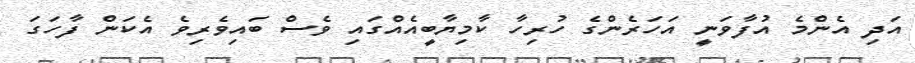
އަދި އެންމެ އުފާވަނީ އަހަރެންގެ ހުރިހާ ކާމިޔާބީއެއްގައި ވެސް ބައިވެރިވެ އެކަން ފާހަގަ